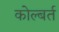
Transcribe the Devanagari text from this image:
कोल्बर्त